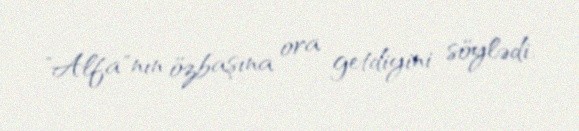
"Alfa"nın özbaşına ora getdiyini söylədi.